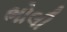
ભોલી